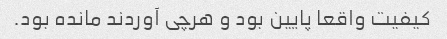
کیفیت واقعا پایین بود و هرچی آوردند مانده بود.